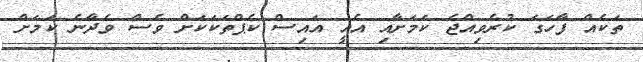
ތަކެއް ފާހަގަ ކުރެވިއްޖެ ކަމަށާއި އެއީ އައިސް ކެޕްތަކަކަށް ވެސް ވެދާނެ ކަމަށް